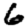
Digit: 6